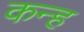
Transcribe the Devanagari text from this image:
कन्ह